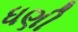
ધણી